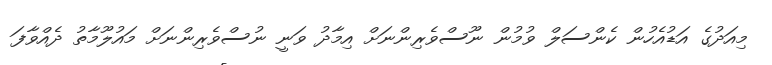
މިއަދުގެ އަޑުއެހުން ކެންސަލް ވުމުން ނޫސްވެރިންނަށް އިމާދު ވަނީ ނުސްވެރިންނަށް މައުލޫމާތު ދެއްވާފަ